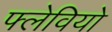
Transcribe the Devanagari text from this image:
फ्लेवियो